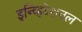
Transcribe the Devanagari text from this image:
इन्व्हिटेशनल